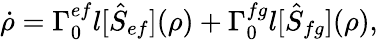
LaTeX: \dot{\rho}=\Gamma_{0}^{ef}\mathcal{l}[\hat{S}_{ef}](\rho)+\Gamma_{0}^{fg}\mathcal{l}[\hat{S}_{fg}](\rho),